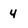
Character: 4